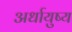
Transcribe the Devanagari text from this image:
अर्धायुष्य